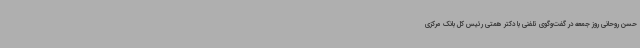
حسن روحانی روز جمعه در گفت‌وگوی تلفنی با دکتر همتی رئیس کل بانک مرکزی